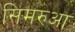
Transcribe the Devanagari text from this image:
सिमरुआ